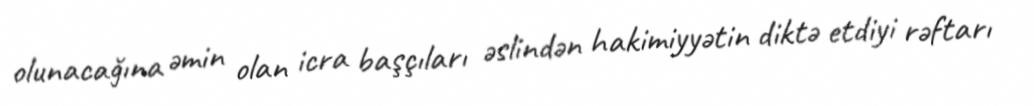
olunacağına əmin olan icra başçıları əslindən hakimiyyətin diktə etdiyi rəftarı